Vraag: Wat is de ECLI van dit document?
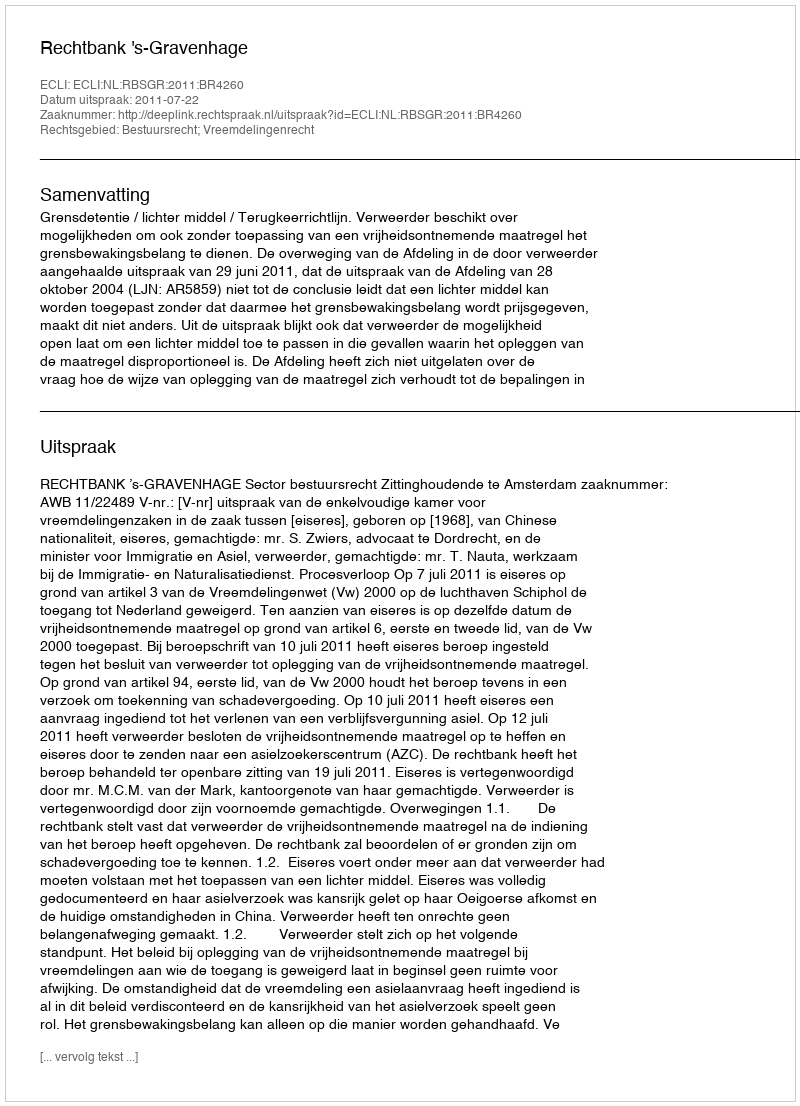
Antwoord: ECLI:NL:RBSGR:2011:BR4260